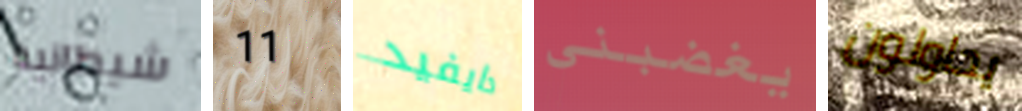
شيطانية 11 دايفيد يغضبني يحاولون